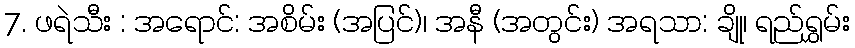
7. ဖရဲသီး : အရောင်: အစိမ်း (အပြင်)၊ အနီ (အတွင်း) အရသာ: ချို၊ ရည်ရွှမ်း